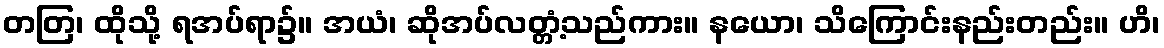
တတြ၊ ထိုသို့ ရအပ်ရာ၌။ အယံ၊ ဆိုအပ်လတ္တံ့သည်ကား။ နယော၊ သိကြောင်းနည်းတည်း။ ဟိ၊